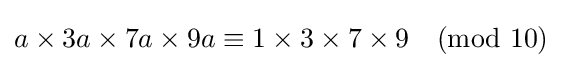
a\times 3a\times 7a\times 9a\equiv 1\times 3\times 7\times 9{\pmod {10}}